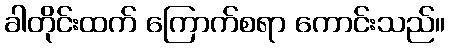
ခါတိုင်းထက် ကြောက်စရာ ကောင်းသည်။